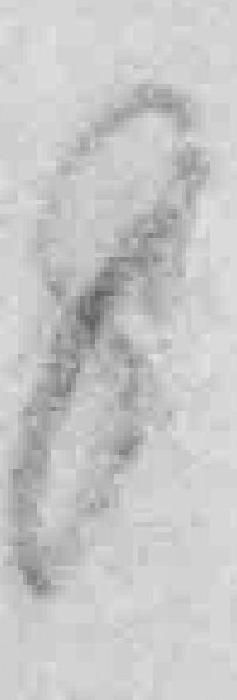
8